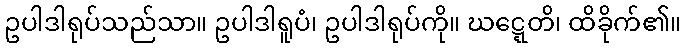
ဥပါဒါရုပ်သည်သာ။ ဥပါဒါရူပံ၊ ဥပါဒါရုပ်ကို။ ဃဋ္ဋေတိ၊ ထိခိုက်၏။